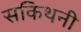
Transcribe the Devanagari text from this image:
सकिथनी